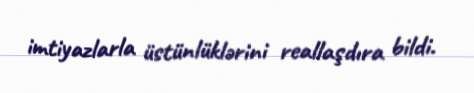
imtiyazlarla üstünlüklərini reallaşdıra bildi.